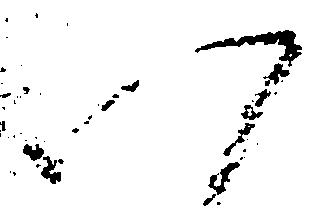
以